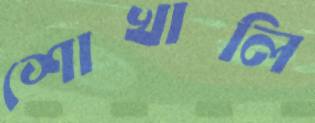
শোখালি